Punjab Mental Hospital Lahore 1922-31 - 1922-1931
Year: 1922
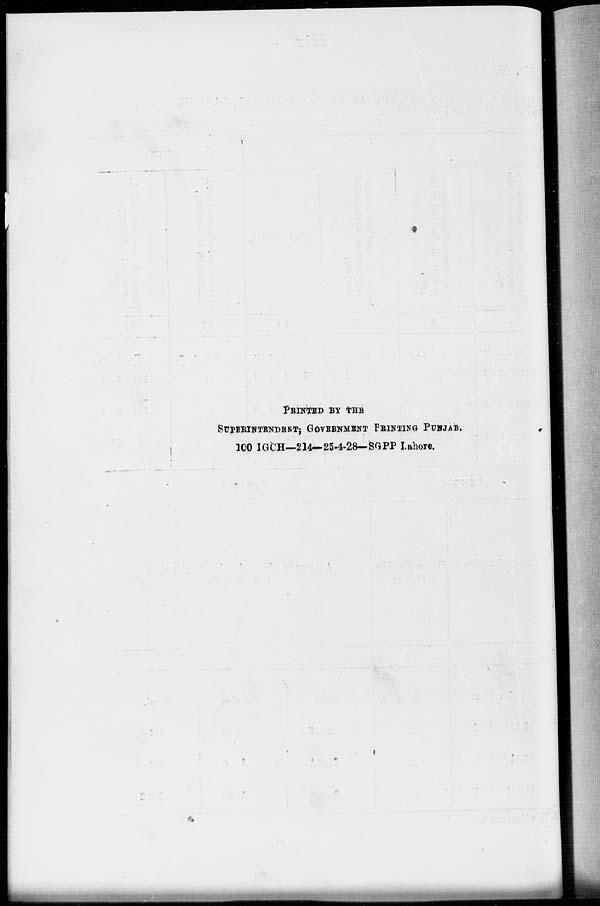
PRINTED BY THE
SUPERINTENDENT; GOVERNMENT PRINTING PUNJAB.
100 IGCH—214—25-4-28-SGPP Lahore.